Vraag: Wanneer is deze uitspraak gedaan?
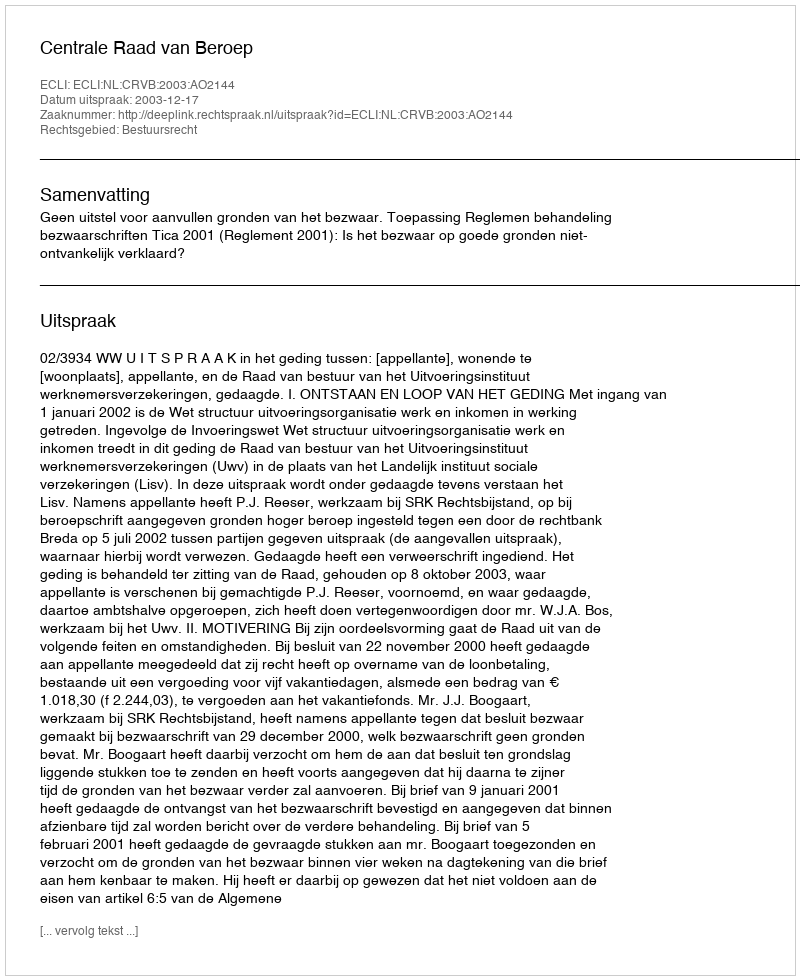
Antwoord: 2003-12-17